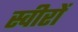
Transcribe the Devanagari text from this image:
स्वीरों